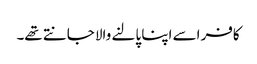
کافر اسے اپنا پالنے والا جانتے تھے۔